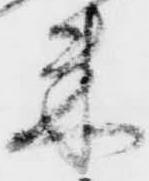
米